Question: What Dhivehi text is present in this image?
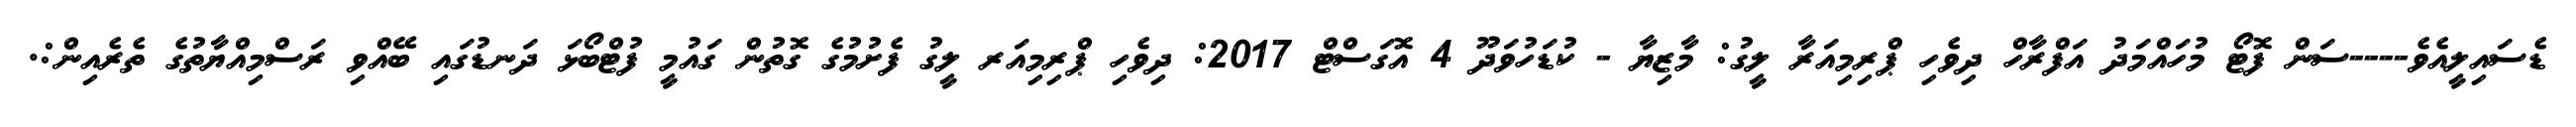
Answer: ޑެސައިލީއެވެ----ސަން ފޮޓޯ މުހައްމަދު އަފްރާހް ދިވެހި ޕްރިމިއަރާ ލީގު: މާޒިޔާ - ކުޑަހުވަދޫ 4 އޮގަސްޓް 2017: ދިވެހި ޕްރިމިއަރ ލީގު ފެށުމުގެ ގޮތުން ގައުމީ ފުޓްބޯޅަ ދަނޑުގައި ބޭއްވި ރަސްމިއްޔާތުގެ ތެރެއިން:.